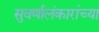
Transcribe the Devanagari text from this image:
सुवर्णालंकारांच्या